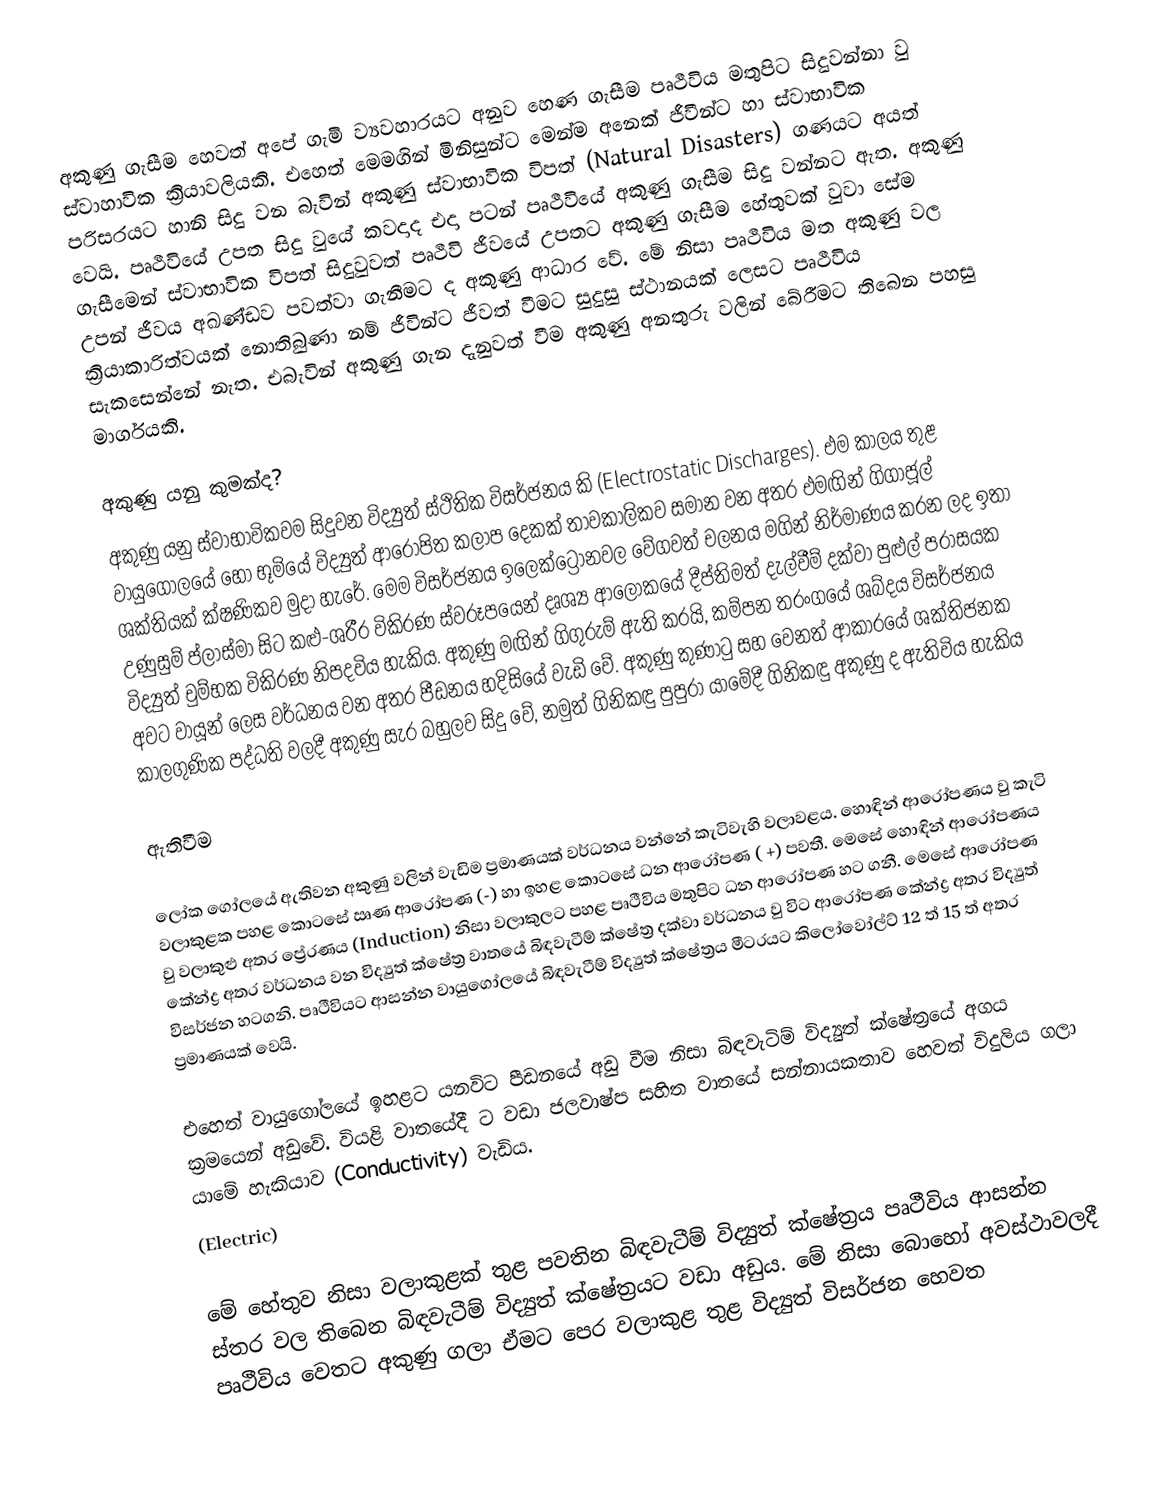
අකුණු ගැසීම හෙවත් අපේ ගැමි ව්‍යවහාරයට අනුව හෙණ ගැසීම පෘථීවිය මතුපිට සිදුවන්නා වු ස්වාහාවික ක්‍රියාවලියකි. එහෙත් මෙමගින් මිනිසුන්ට මෙන්ම අනෙක් ජීවීන්ට හා ස්වාභාවික පරිසරයට හානි සිදු වන බැවින් අකුණු ස්වාභාවික විපත් (Natural Disasters) ගණයට අයත් වෙයි. පෘථීවියේ උපත සිදු වුයේ කවදාද එදා පටන් පෘථීවියේ අකුණු ගැසීම සිදු වන්නට ඇත. අකුණු ගැසීමෙන් ස්වාභාවික විපත් සිදුවුවත් පෘථීවි ජීවයේ උපතට අකුණු ගැසීම හේතුවක් වුවා සේම උපන් ජීවය අඛණ්ඩව පවත්වා ගැනීමට ද අකුණු ආධාර වේ. මේ නිසා පෘථීවිය මත අකුණු වල ක්‍රියාකාරිත්වයක් නොතිබුණා නම් ජීවින්ට ජීවත් වීමට සුදුසු ස්ථානයක් ලෙසට පෘථීවිය සැකසෙන්නේ නැත. එබැවින් අකුණු ගැන දැනුවත් වීම අකුණු අනතුරු වලින් බේරීමට තිබෙන පහසු මාර්ගයකි.

අකුණු යනු කුමක්ද?
අකුණු යනු ස්වාභාවිකවම සිදුවන විද්‍යුත් ස්ථිතික විසර්ජනය කි (Electrostatic Discharges). එම කාලය තුළ වායුගෝලයේ හෝ භූමියේ විද්‍යුත් ආරෝපිත කලාප දෙකක් තාවකාලිකව සමාන වන අතර එමඟින් ගිගාජූල් ශක්තියක් ක්ෂණිකව මුදා හැරේ.  මෙම විසර්ජනය ඉලෙක්ට්‍රෝනවල වේගවත් චලනය මගින් නිර්මාණය කරන ලද ඉතා උණුසුම් ප්ලාස්මා සිට කළු-ශරීර විකිරණ ස්වරූපයෙන් දෘශ්‍ය ආලෝකයේ දීප්තිමත් දැල්වීම් දක්වා පුළුල් පරාසයක විද්‍යුත් චුම්භක විකිරණ නිපදවිය හැකිය.  අකුණු මඟින් ගිගුරුම් ඇති කරයි, කම්පන තරංගයේ ශබ්දය විසර්ජනය අවට වායූන් ලෙස වර්ධනය වන අතර පීඩනය හදිසියේ වැඩි වේ.  අකුණු කුණාටු සහ වෙනත් ආකාරයේ ශක්තිජනක කාලගුණික පද්ධති වලදී අකුණු සැර බහුලව සිදු වේ, නමුත් ගිනිකඳු පුපුරා යාමේදී ගිනිකඳු අකුණු ද ඇතිවිය හැකිය

ඇතිවීම

ලෝක ගෝලයේ ඇතිවන අකුණු වලින් වැඩිම ප්‍රමාණයක් වර්ධනය වන්නේ කැටිවැහි වලාවළය. හොඳින් ආරෝපණය වු කැටි වලාකුළක පහළ කොටසේ ඍණ ආරෝපණ (-) හා ඉහළ කොටසේ ධන ආරෝපණ  ( +)  පවතී. මෙසේ හොඳින් ආරෝපණය වු වලාකුළු අතර ප්‍රේරණය (Induction)  නිසා වලාකුලට පහළ පෘථීවිය මතුපිට ධන ආරෝපණ හට ගනී. මෙසේ ආරෝපණ කේන්ද්‍ර අතර වර්ධනය වන විද්‍යුත් ක්ෂේත්‍ර වාතයේ බිඳවැටීම් ක්ෂේත්‍ර දක්වා වර්ධනය වු විට ආරෝපණ කේන්ද්‍ර  අතර විද්‍යුත් විසර්ජන හටගනි. පෘථීවියට ආසන්න වායුගෝලයේ බිඳවැටීම් විද්‍යුත් ක්ෂේත්‍රය මීටරයට කිලෝවෝල්ට් 12 ත් 15 ත් අතර ප්‍රමාණයක් වෙයි.

එහෙත් වායුගෝලයේ ඉහළට යනවිට පීඩනයේ අඩු වීම නිසා බිඳවැටිම් විද්‍යුත් ක්ෂේත්‍රයේ අගය ක්‍රමයෙන් අඩුවේ. වියළි වාතයේදී ට වඩා ජලවාෂ්ප සහිත වාතයේ සන්නායකතාව හෙවත් විදුලිය ගලා යාමේ හැකියාව (Conductivity)  වැඩිය.
(Electric)

මේ හේතුව නිසා වලාකුළක් තුළ පවතින බිඳවැටීම් විද්‍යුත් ක්ෂේත්‍රය පෘථීවිය ආසන්න ස්තර වල තිබෙන බිඳවැටීම් විද්‍යුත් ක්ෂේත්‍රයට වඩා අඩුය. මේ නිසා බොහෝ අවස්ථාවලදී පෘථීවිය වෙතට අකුණු ගලා ඒමට පෙර වලාකුළ තුළ විද්‍යුත් විසර්ජන හෙවත